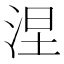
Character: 涅